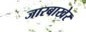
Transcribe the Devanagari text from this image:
जारबाखेर